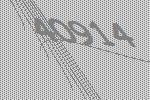
40914